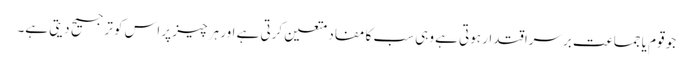
جو قوم یا جماعت برسراقتدار ہوتی ہے وہی سب کا مفاد متعین کرتی ہے اور ہر چیز پر اس کو ترجیح دیتی ہے۔